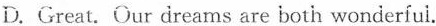
D.Great.Our dreams are both wonderfui.